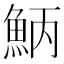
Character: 𩶁